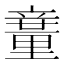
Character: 𥪽